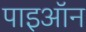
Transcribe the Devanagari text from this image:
पाइऑन